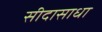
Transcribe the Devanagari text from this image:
सीदासाधा